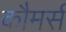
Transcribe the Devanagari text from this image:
कौमर्स